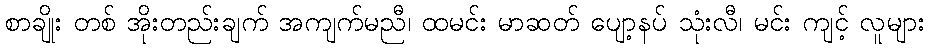
စာချိုး တစ် အိုးတည်းချက် အကျက်မညီ၊ ထမင်း မာဆတ် ပျော့နပ် သုံးလီ၊ မင်း ကျင့် လူများ